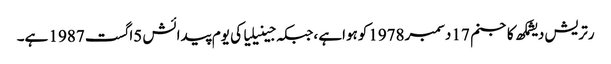
رتریش دیشمکھ کاجنم 17 دسمبر1978کوہواہے ،جبکہ جینیلیا کی یوم پیدائش 5اگست 1987 ہے۔